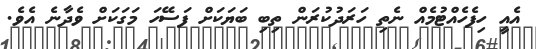
އެއީ ހިފެހެއްޓުމެއް ނެތި ހަރަދުކުރަން ތިބި ބަޔަކަށް ފަސޭހަ މަގަކަށް ވެދާނެ އެވެ.